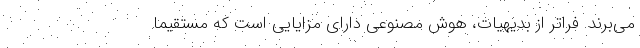
می‌برند. فراتر از بدیهیات، هوش مصنوعی دارای مزایایی است که مستقیما